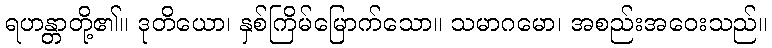
ရဟန္တာတို့၏။ ဒုတိယော၊ နှစ်ကြိမ်မြောက်သော။ သမာဂမော၊ အစည်းအဝေးသည်။